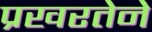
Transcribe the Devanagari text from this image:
प्रखरतेने